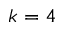
k = 4